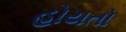
હોયતો